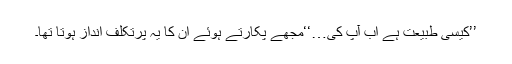
’’کیسی طبیعت ہے اب آپ کی…‘‘مجھے پکارتے ہوئے ان کا یہ پرتکلف انداز ہوتا تھا۔